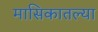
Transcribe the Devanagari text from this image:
मासिकातल्या